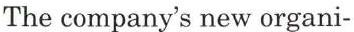
The company's new organi-